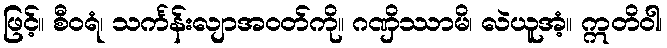
ဖြင့်။ စီဝရံ၊ သင်္ကန်းလျာအဝတ်ကို။ ဂဏှိဿာမိ၊ လဲယူအံ့။ ဣတိဝါ၊